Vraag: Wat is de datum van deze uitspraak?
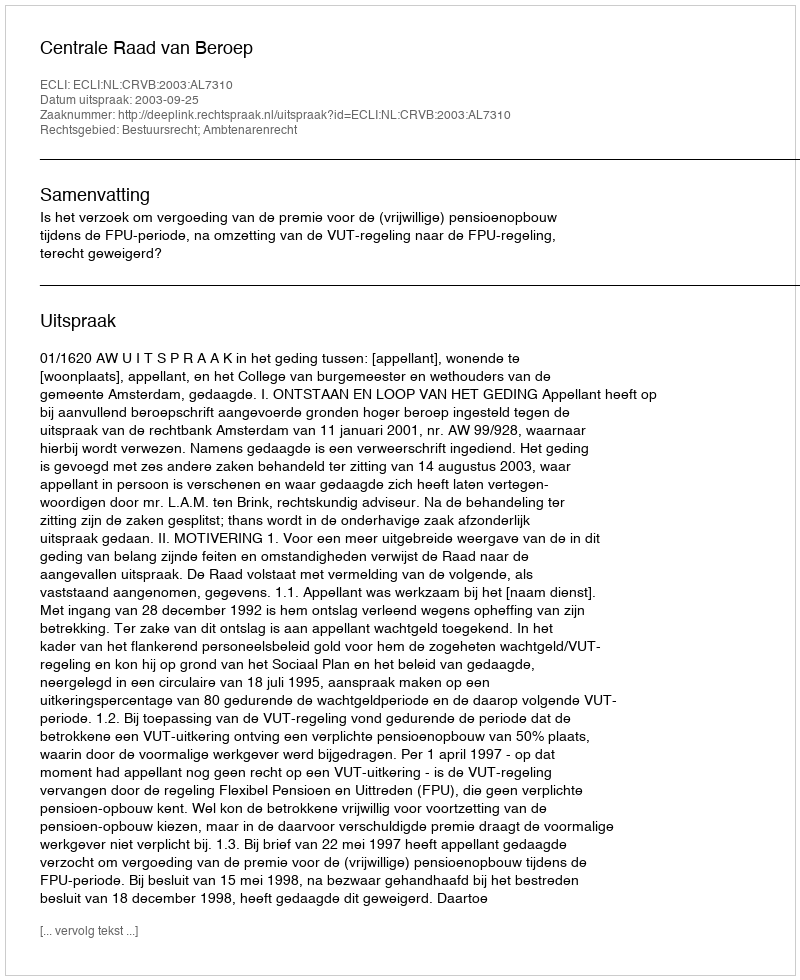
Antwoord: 2003-09-25